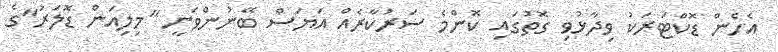
އެހެން ޑޮކްޓަރަކު ވިދާޅުވި ގޮތުގައި ކޮންމެ ސަރުކާރެއް އަޔަސް ބޭނުންވަނީ "މިލިއަން ޑޮލަރު"ގެ